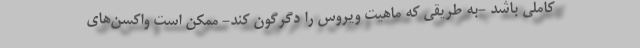
کاملی باشد -به طریقی که ماهیت ویروس را دگرگون کند- ممکن است واکسن‌های